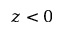
z < 0